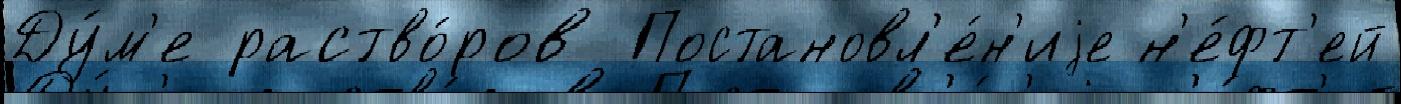
Ду́м'е раство́ров Постановл'е́н'иjе н'е́фт'ей